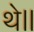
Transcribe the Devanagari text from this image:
थे॥